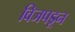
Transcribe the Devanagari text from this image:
विजपडून